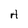
Character: A